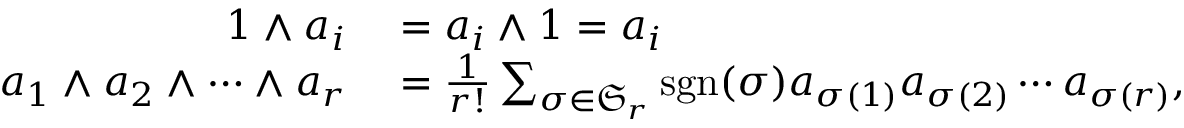
\begin{array} { r l } { 1 \wedge a _ { i } } & { { } = a _ { i } \wedge 1 = a _ { i } } \\ { a _ { 1 } \wedge a _ { 2 } \wedge \cdots \wedge a _ { r } } & { { } = { \frac { 1 } { r ! } } \sum _ { \sigma \in { \mathfrak { S } } _ { r } } \operatorname { s g n } ( \sigma ) a _ { \sigma ( 1 ) } a _ { \sigma ( 2 ) } \cdots a _ { \sigma ( r ) } , } \end{array}